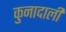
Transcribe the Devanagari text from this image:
कुनादाली